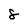
Character: 8